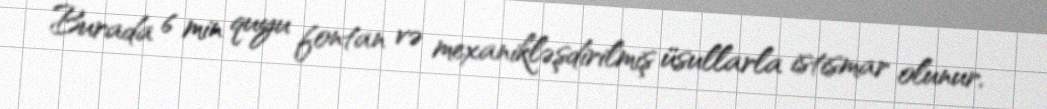
Burada 6 min quyu fontan və mexanikləşdirilmiş üsullarla istismar olunur.